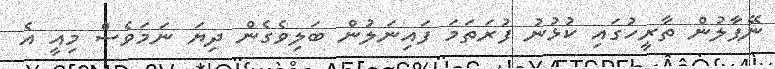
ނޭޕާލުން ތާރީހުގައި ކުޅުނު ފުރަތަމަ ފައިނަލުން ބަލިވެގެން ދިޔަ ނަމަވެސް މިއީ އެ